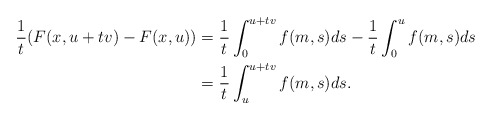
\begin{align*}\frac{1}{t}(F(x,u+tv)-F(x,u))&= \frac{1}{t}\int_0^{u+tv} f(m,s)ds -\frac{1}{t} \int_0^{u} f(m,s)ds\\&= \frac{1}{t}\int_u^{u+tv} f(m,s)ds.\end{align*}